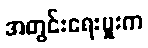
အတွင်းရေးမှူးက